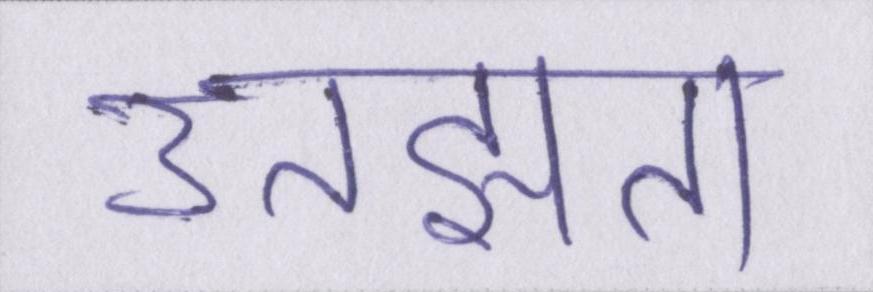
उलझता